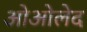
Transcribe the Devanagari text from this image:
ओओलेद